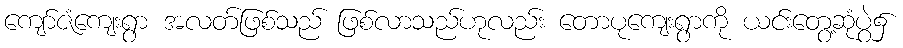
ကျော်ဇံကျေးရွာ အလတ်ဖြစ်သည် ဖြစ်လာသည်ဟုလည်း တောပုကျေးရွာကို ယင်းတွေ့ဆုံပွဲ၌